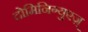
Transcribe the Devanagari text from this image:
दोमिनिग्युएज़्